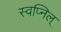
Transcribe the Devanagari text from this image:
स्वप्निल्